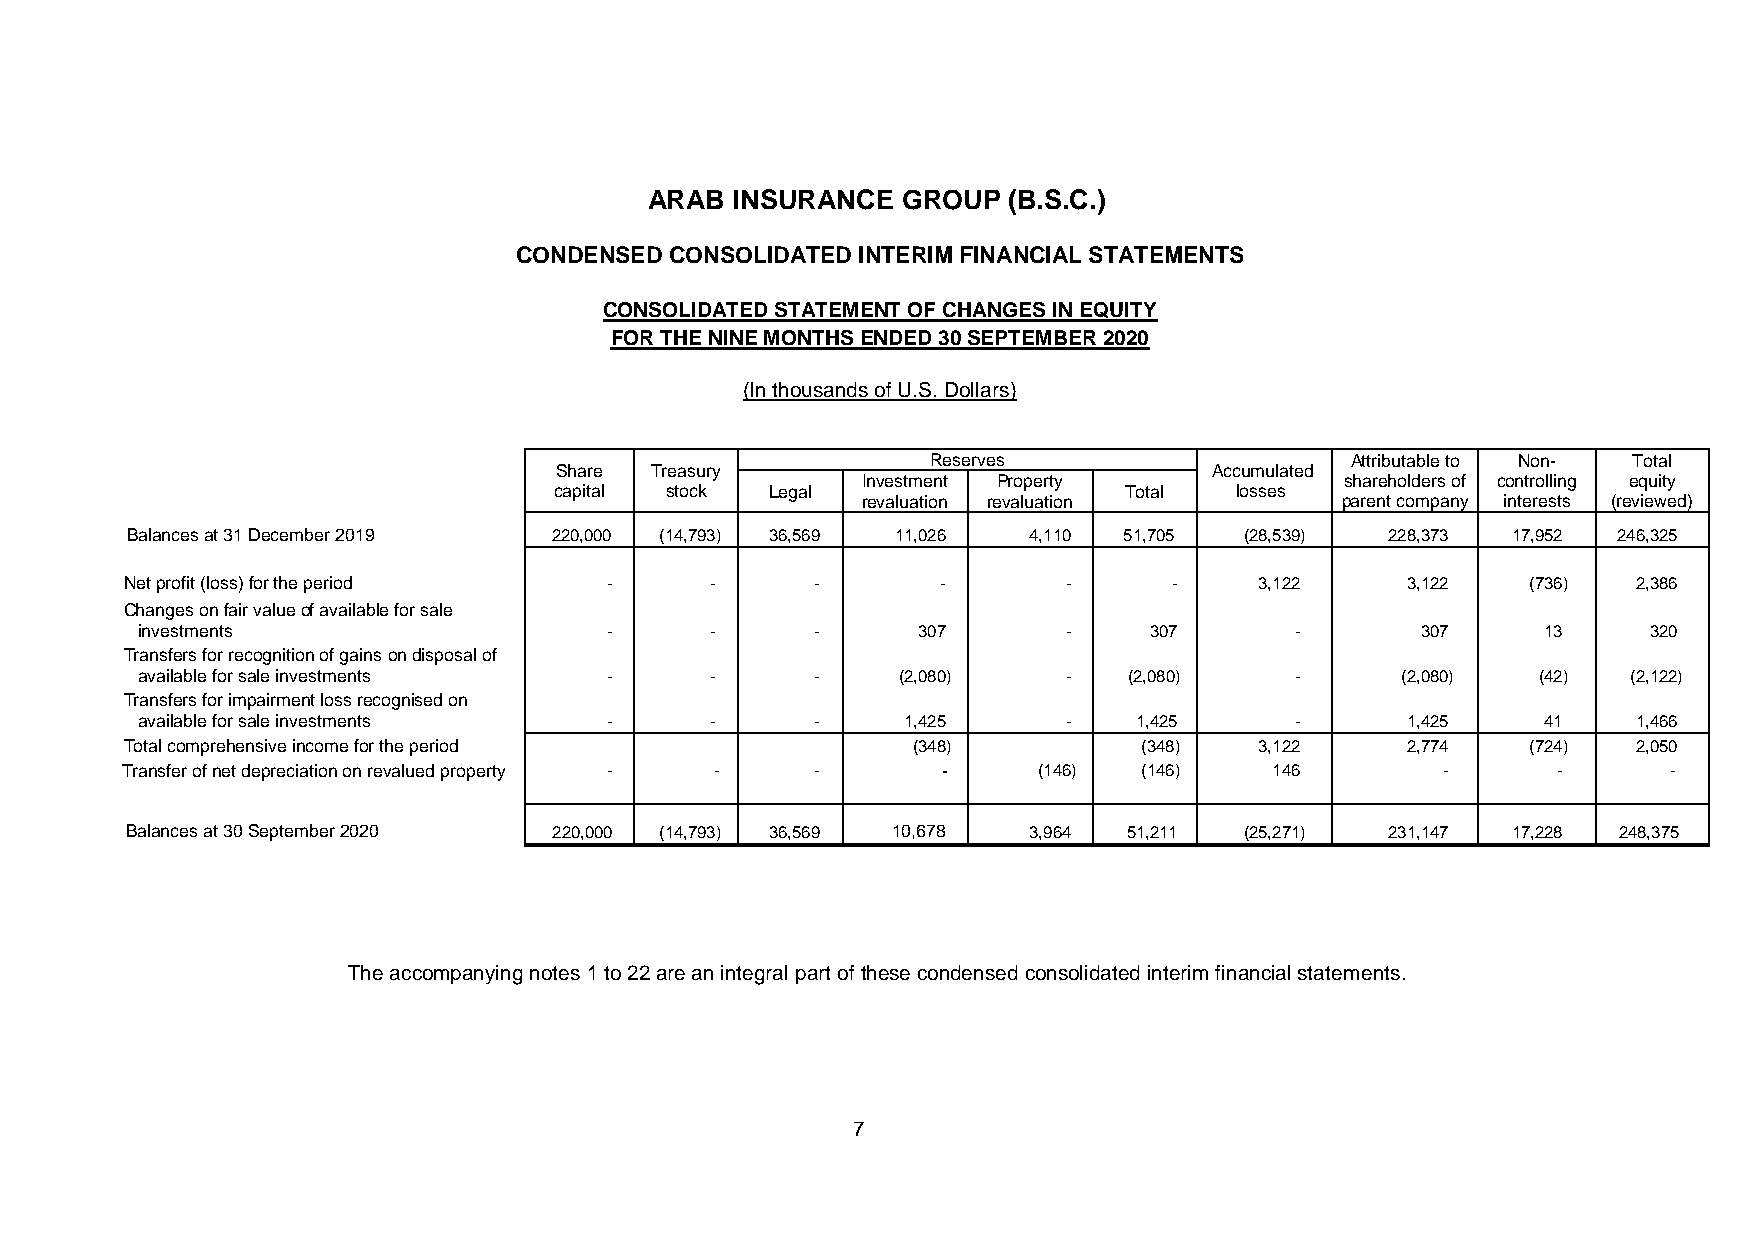
ARAB  INSURANCE  GROUP  (B.S.C.)
 CONDENSED CONSOLIDATED INTERIM FINANCIAL STATEMENTS
 CONSOLIDATED STATEMENT OF CHANGES IN EQUITY
 FOR THE NINE MONTHS ENDED 30 SEPTEMBER 2020
 (In thousands of U.S. Dollars)
 Reserves                   Attributable to Non- Total
 Share Treasury                             Accumulated
 Investment Property             shareholders of controlling equity
 capital stock Legal                  Total   losses
 revaluation revaluation         parent company interests (reviewed)
 Balances at 31 December 2019 220,000 (14,793) 36,569 11,026 4,110 51,705  (28,539)  228,373 17,952 246,325
 Net profit (loss) for the period -     -      -       -        -      -    3,122     3,122   (736)  2,386
 Changes on fair value of available for sale
 investments                    -      -      -      307       -    307       -       307     13     320
 Transfers for recognition of gains on disposal of
 available for sale investments -      -      -    (2,080)     -   (2,080)    -      (2,080)  (42)  (2,122)
 Transfers for impairment loss recognised on
 available for sale investments -      -      -     1,425      -   1,425      -      1,425    41    1,466
 Total comprehensive income for the period           (348)           (348)  3,122     2,774   (724)  2,050
 Transfer of net depreciation on revalued property - - - -    (146)  (146)   146         -      -       -
 Balances at 30 September 2020 220,000 (14,793) 36,569 10,678 3,964 51,211 (25,271)  231,147 17,228 248,375
 The accompanying notes 1 to 22 are an integral part of these condensed consolidated interim financial statements.
 7